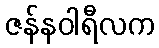
ဇန်နဝါရီလက